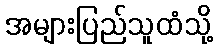
အများပြည်သူထံသို့